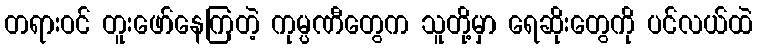
တရားဝင် တူးဖော်နေကြတဲ့ ကုမ္ပဏီတွေက သူတို့မှာ ရေဆိုးတွေကို ပင်လယ်ထဲ